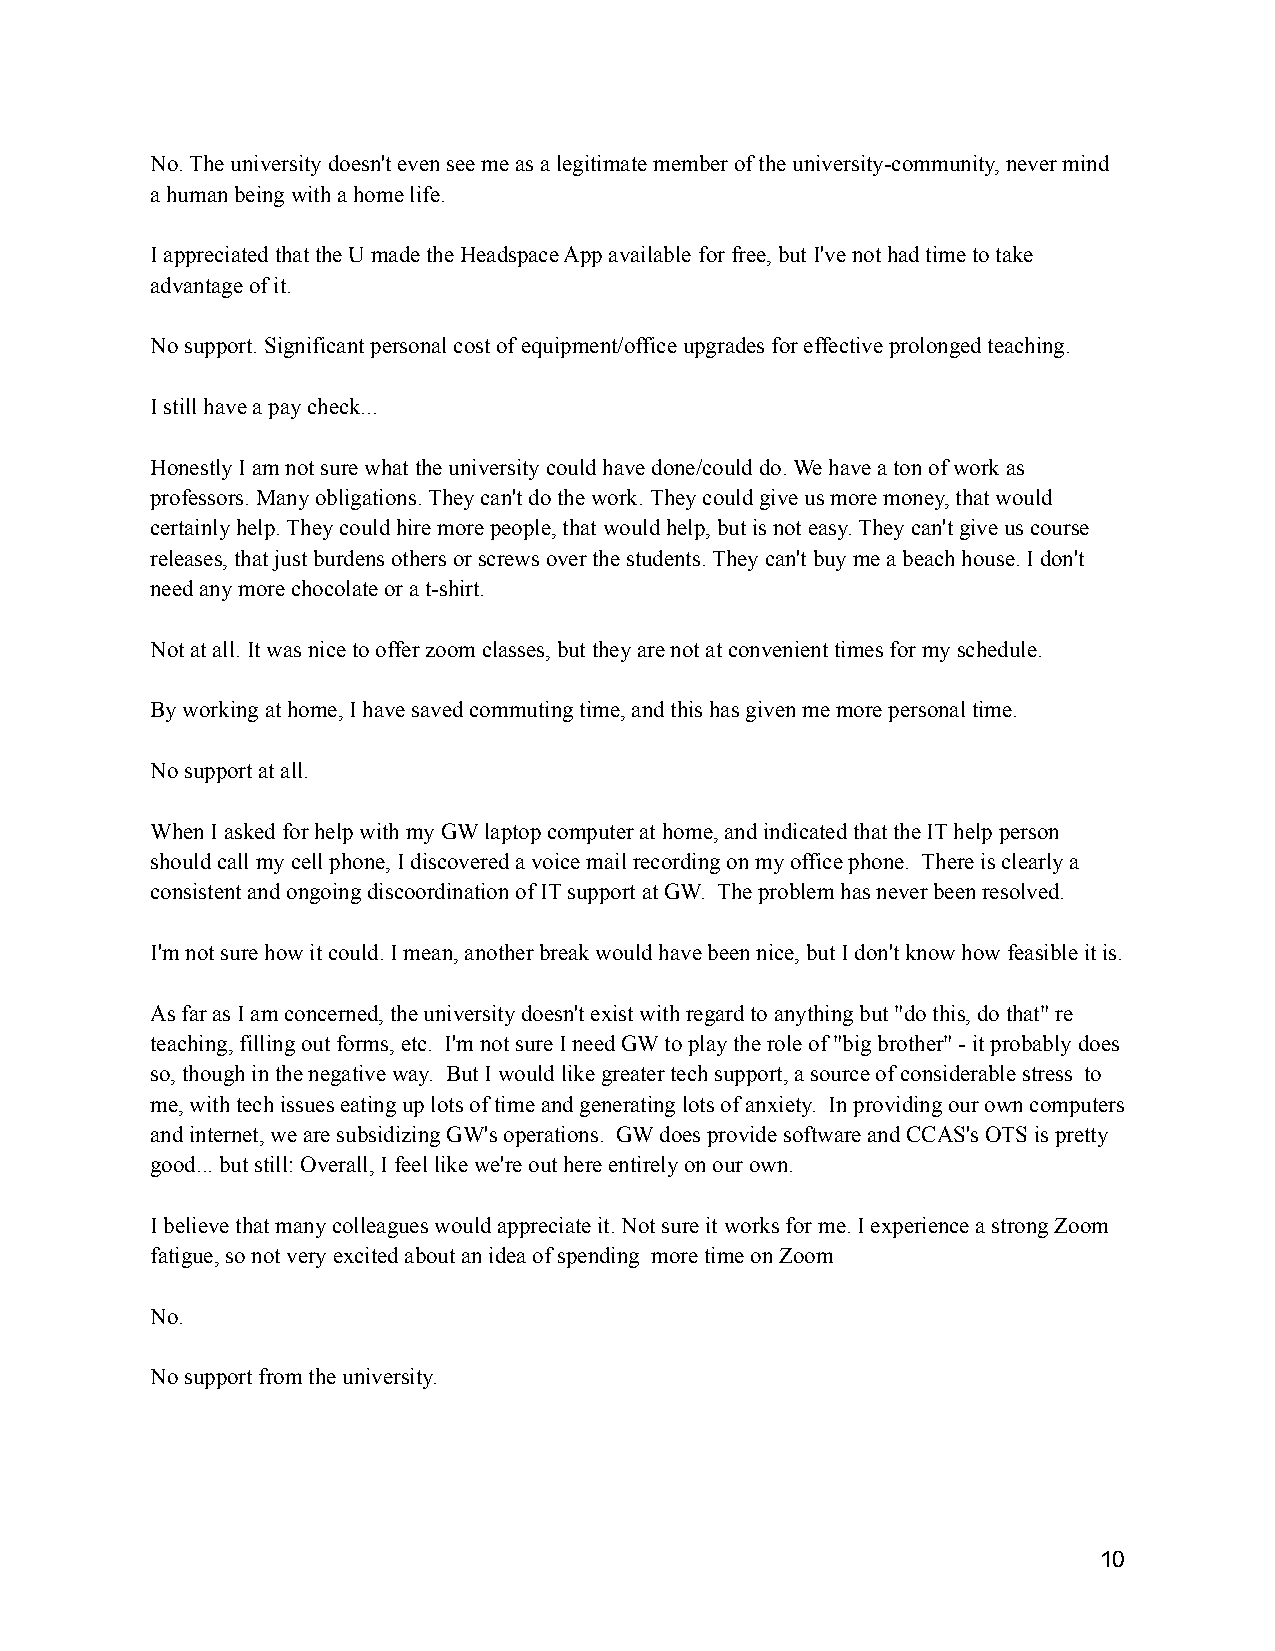
No. The university doesn't even see me as a legitimate member of the university-community, never mind
 a human being with a home life.
 I appreciated that the U made the Headspace App available for free, but I've not had time to take
 advantage of it.
 No support. Significant personal cost of equipment/officeupgrades for effective prolonged teaching.
 I still have a pay check...
 Honestly I am not sure what the university could havedone/could do. We have a ton of work as
 professors. Many obligations. They can't do the work.They could give us more money, that would
 certainly help. They could hire more people, thatwould help, but is not easy. They can't give us course
 releases, that just burdens others or screws overthe students. They can't buy me a beach house. I don't
 need any more chocolate or a t-shirt.
 Not at all. It was nice to offer zoom classes, butthey are not at convenient times for my schedule.
 By working at home, I have saved commuting time, andthis has given me more personal time.
 No support at all.
 When I asked for help with my GW laptop computer athome, and indicated that the IT help person
 should call my cell phone, I discovered a voice mailrecording on my office phone. There is clearly a
 consistent and ongoing discoordination of IT supportat GW. The problem has never been resolved.
 I'm not sure how it could. I mean, another break wouldhave been nice, but I don't know how feasible itis.
 As far as I am concerned, the university doesn't existwith regard to anything but "do this, do that" re
 teaching, filling out forms, etc. I'm not sure Ineed GW to play the role of "big brother" - it probablydoes
 so, though in the negative way. But I would likegreater tech support, a source of considerable stress to
 me, with tech issues eating up lots of time and generatinglots of anxiety. In providing our own computers
 and internet, we are subsidizing GW's operations. GW does provide software and CCAS's OTS is pretty
 good... but still: Overall, I feel like we're outhere entirely on our own.
 I believe that many colleagues would appreciate it.Not sure it works for me. I experience a strong Zoom
 fatigue, so not very excited about an idea of spending more time on Zoom
 No.
 No support from the university.
 10